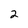
Character: 2